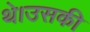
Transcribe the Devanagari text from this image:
थे।उसकी